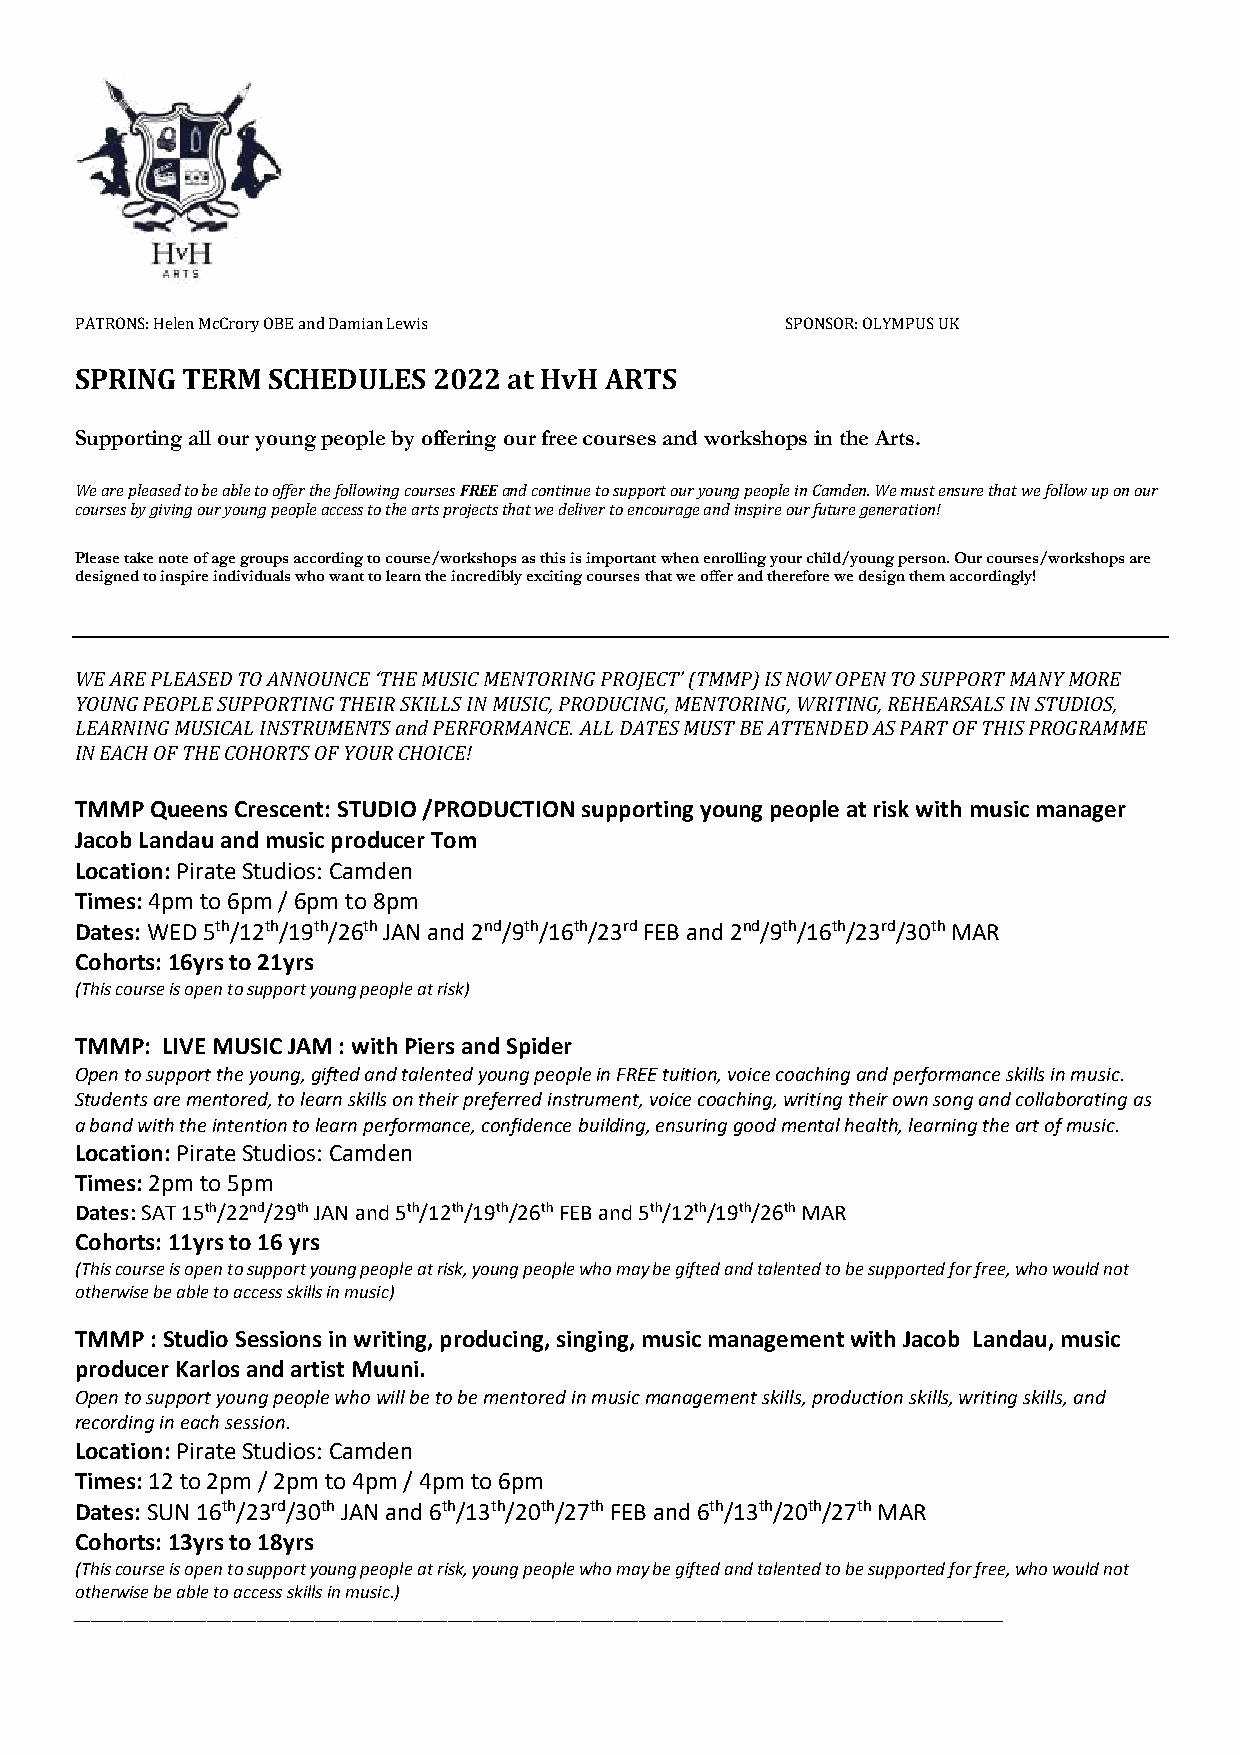
PATRONS: Helen McCrory OBE and Damian Lewis    SPONSOR: OLYMPUS UK
 SPRING TERM  SCHEDULES  2022 at HvH ARTS
 Supporting all our young people by offering our free courses and workshops in the Arts.
 We are pleased to be able to offer the following courses FREE and continue to support our young people in Camden. We must ensure that we follow up on our
 courses by giving our young people access to the arts projects that we deliver to encourage and inspire our future generation!
 Please take note of age groups according to course/workshops as this is important when enrolling your child/young person. Our courses/workshops are
 designed to inspire individuals who want to learn the incredibly exciting courses that we offer and therefore we design them accordingly!
 WE ARE PLEASED TO ANNOUNCE ‘THE MUSIC MENTORING PROJECT’ (TMMP) IS NOW OPEN TO SUPPORT MANY MORE
 YOUNG PEOPLE SUPPORTING THEIR SKILLS IN MUSIC, PRODUCING, MENTORING, WRITING, REHEARSALS IN STUDIOS,
 LEARNING MUSICAL INSTRUMENTS and PERFORMANCE. ALL DATES MUST BE ATTENDED AS PART OF THIS PROGRAMME
 IN EACH OF THE COHORTS OF YOUR CHOICE!
 TMMP Queens Crescent: STUDIO /PRODUCTION supporting young people at risk with music manager
 Jacob Landau and music producer Tom
 Location: Pirate Studios: Camden
 Times: 4pm to 6pm / 6pm to 8pm
 Dates: WED 5th/12th/19th/26th JAN and 2nd/9th/16th/23rd FEB and 2nd/9th/16th/23rd/30th MAR
 Cohorts: 16yrs to 21yrs
 (This course is open to support young people at risk)
 TMMP: LIVE MUSIC JAM : with Piers and Spider
 Open to support the young, gifted and talented young people in FREE tuition, voice coaching and performance skills in music.
 Students are mentored, to learn skills on their preferred instrument, voice coaching, writing their own song and collaborating as
 a band with the intention to learn performance, confidence building, ensuring good mental health, learning the art of music.
 Location: Pirate Studios: Camden
 Times: 2pm to 5pm
 Dates: SAT 15th/22nd/29th JAN and 5th/12th/19th/26th FEB and 5th/12th/19th/26th MAR
 Cohorts: 11yrs to 16 yrs
 (This course is open to support young people at risk, young people who may be gifted and talented to be supported for free, who would not
 otherwise be able to access skills in music)
 TMMP : Studio Sessions in writing, producing, singing, music management with Jacob Landau, music
 producer Karlos and artist Muuni.
 Open to support young people who will be to be mentored in music management skills, production skills, writing skills, and
 recording in each session.
 Location: Pirate Studios: Camden
 Times: 12 to 2pm / 2pm to 4pm / 4pm to 6pm
 Dates: SUN 16th/23rd/30th JAN and 6th/13th/20th/27th FEB and 6th/13th/20th/27th MAR
 Cohorts: 13yrs to 18yrs
 (This course is open to support young people at risk, young people who may be gifted and talented to be supported for free, who would not
 otherwise be able to access skills in music.)
 ________________________________________________________________________________________________________________